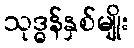
သုဒ္ဓန်နှစ်မျိုး